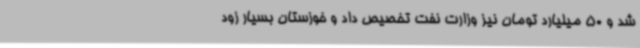
شد و 50 میلیارد تومان نیز وزارت نفت تخصیص داد و خوزستان بسیار زود